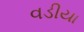
વડીયા